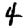
Digit: 4